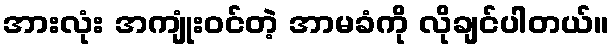
အားလုံး အကျုံးဝင်တဲ့ အာမခံကို လိုချင်ပါတယ်။